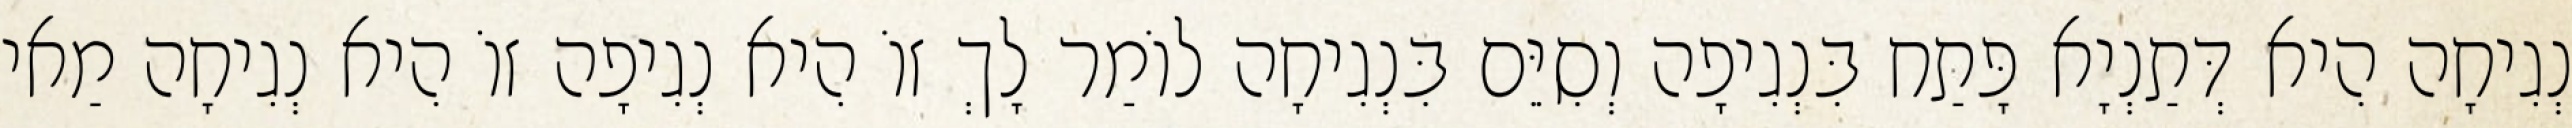
נְגִיחָה הִיא דְּתַנְיָא פָּתַח בִּנְגִיפָה וְסִיֵּם בִּנְגִיחָה לוֹמַר לָךְ זוֹ הִיא נְגִיפָה זוֹ הִיא נְגִיחָה מַאי